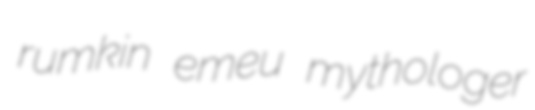
rumkin emeu mythologer